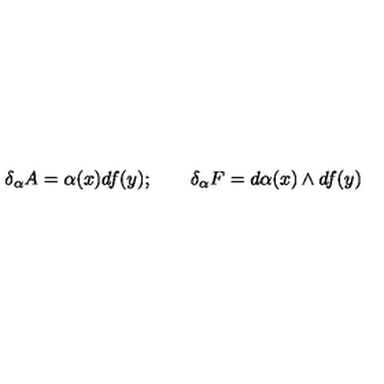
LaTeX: \delta _ { \alpha } A = \alpha ( x ) d f ( y ) ; \qquad \delta _ { \alpha } F = d \alpha ( x ) \wedge d f ( y )